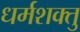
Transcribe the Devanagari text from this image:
धर्मशक्तु